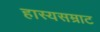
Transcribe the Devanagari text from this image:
हास्यसम्राट